Martna_vallavalitsus, lk 41
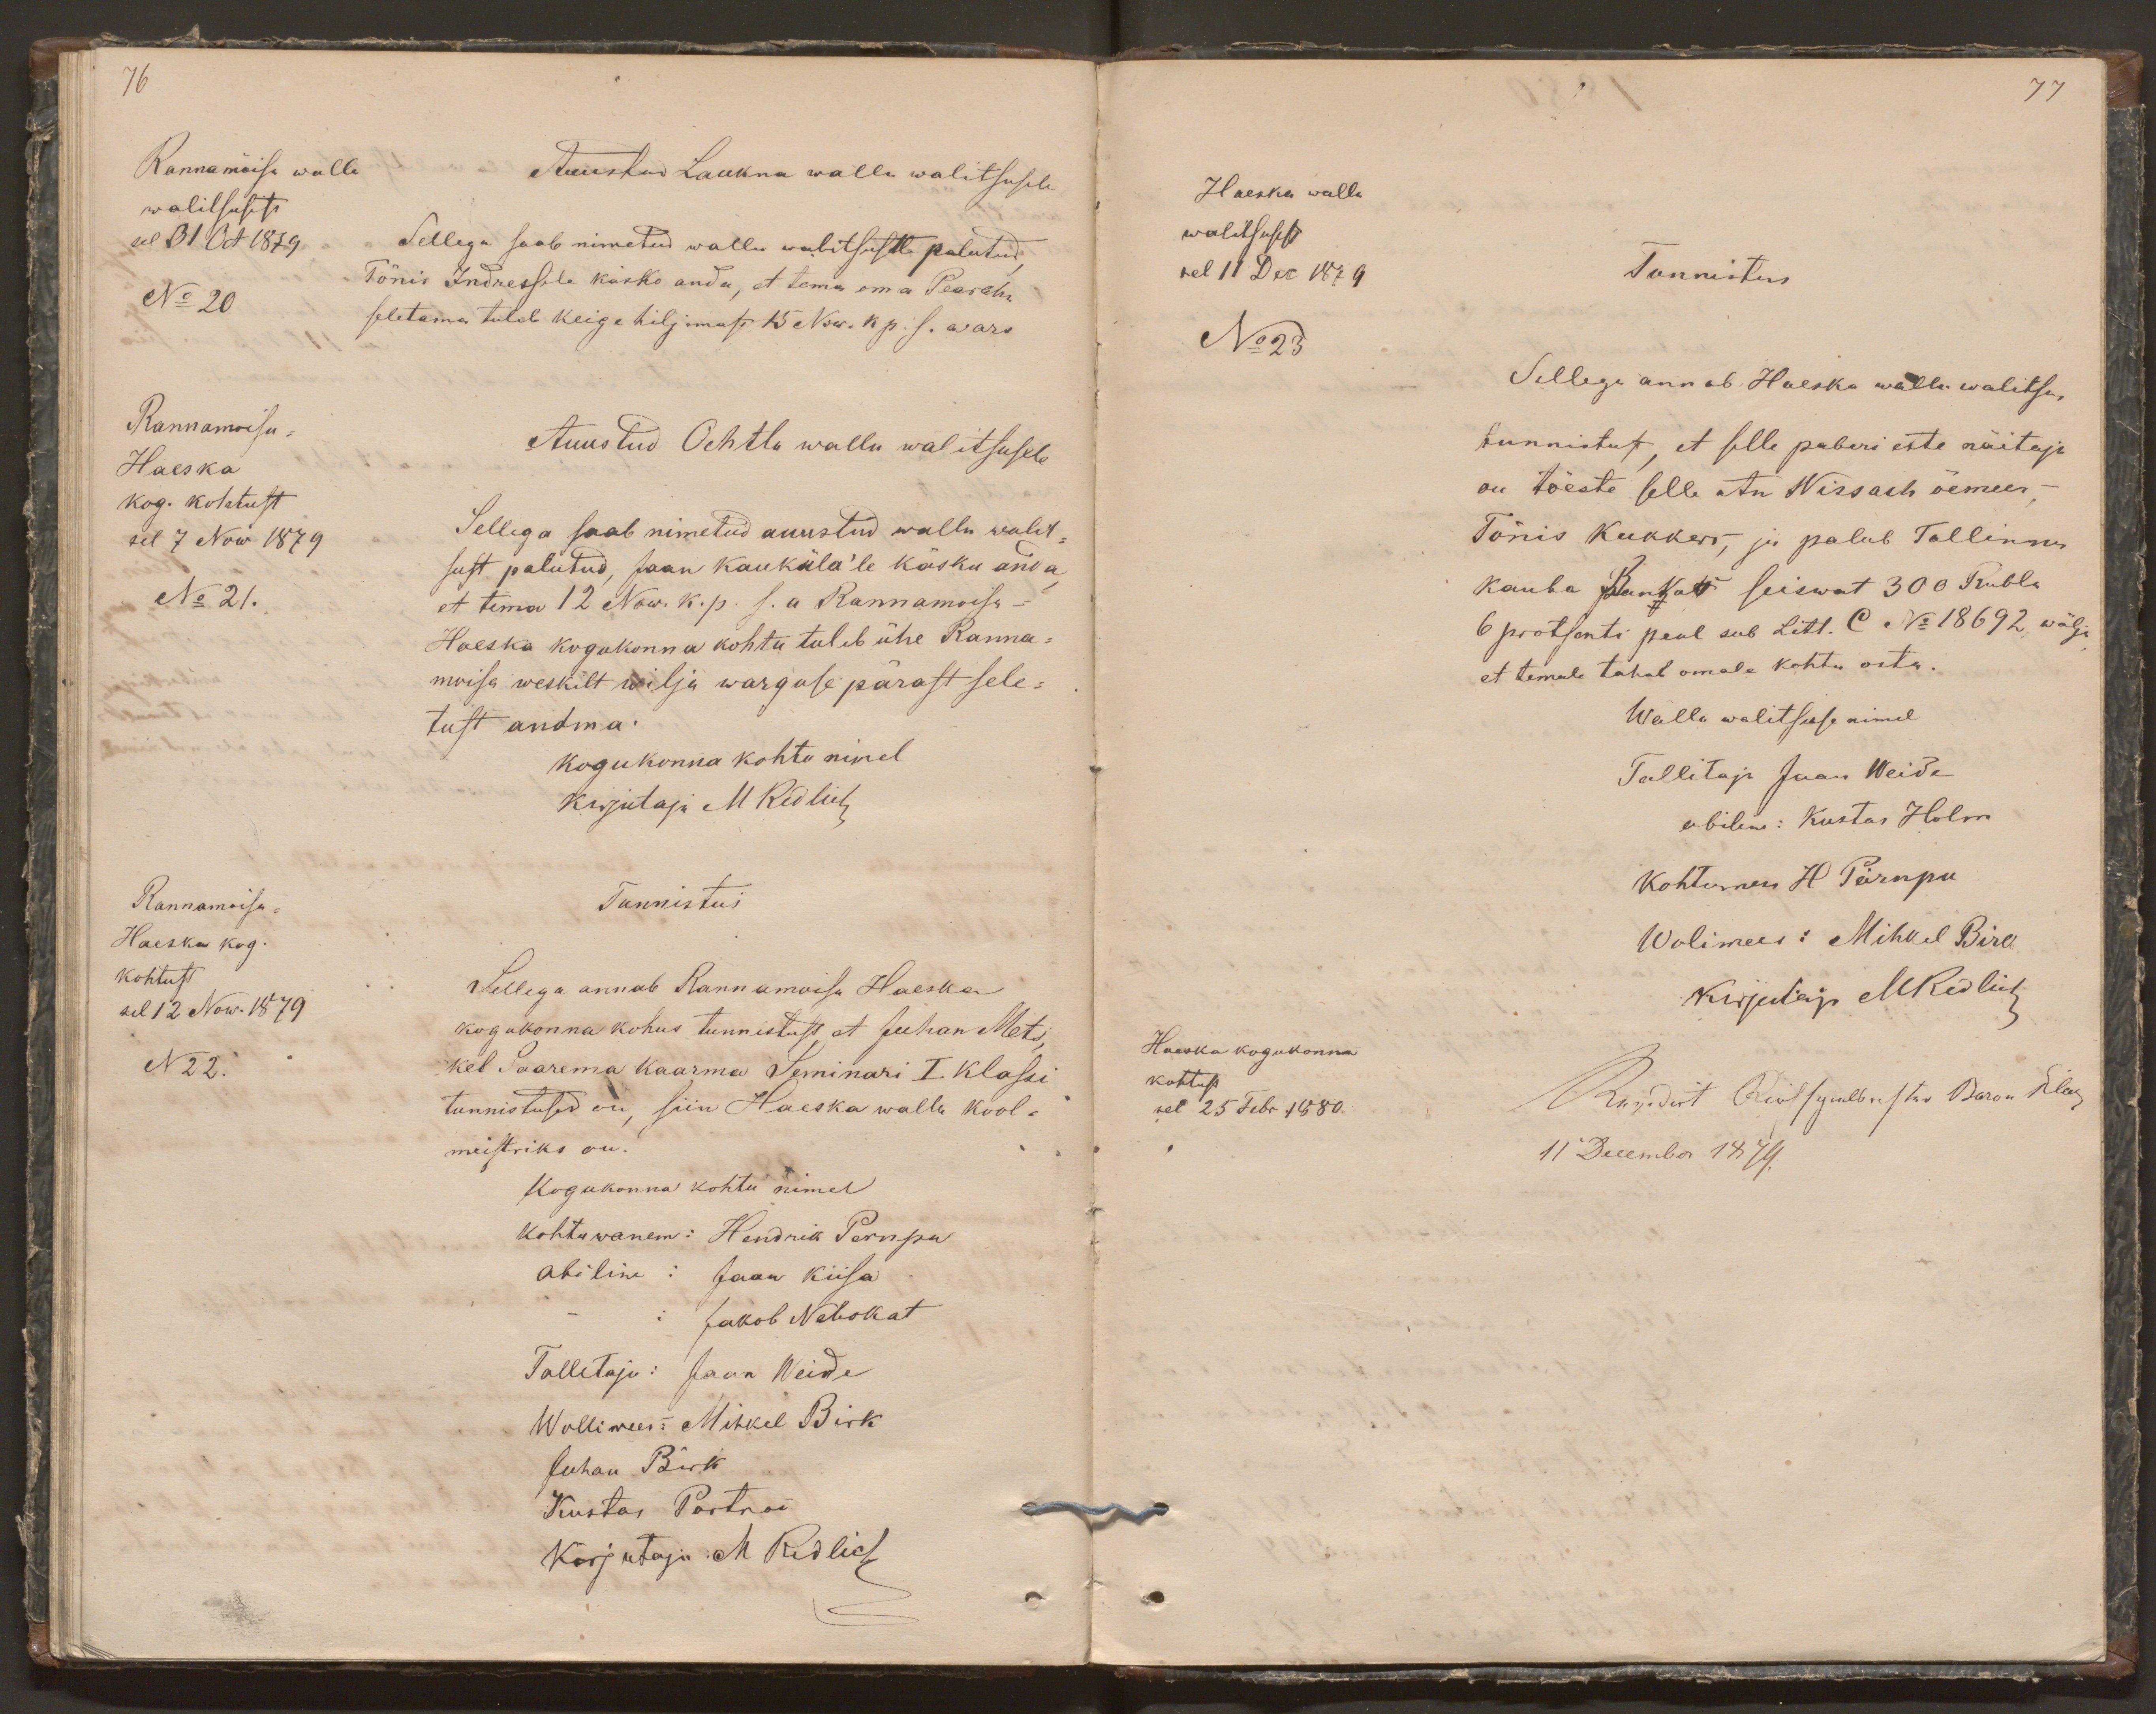
76
Rannamõisa walla
Auustud Laukna walla walitsusele
walitsusest
sel 31 Oct 1879
Sellega saab nimetud walla walitsuste palutud,
No 20
Tõnis Indressele käsko anda, et tema omma Pearaha
seletama tuleb keige hiljemast 15 Now. kp. s. a ara
Rannamoisa -
Haeska
Auustud Ochtla wallu walitsusele
kog. kohtust
sel 7 Now 1879
Sellega saab nimetud auustud walla walit-
sust palutud, Jaan Kauküla'le käsku anda
No 21.
et tema 12 Now. k. p. s. a Rannamoisa -
Haeska kogukonna kohtu tuleb ühe Ranna-
moisa weskilt wilja warguse pärast sele-
tust andma.
kogukonna kohto nimel
kirjutaja M Redlich
Rannamoisa-
Tunnistus
Haeska kog.
kohtust
Sellega annab Rannamoisa Haeska
sel 12 Now. 1879
kogukonna kohus tunnistust, et Juhan Mets,
N22.
kel Saarema Kaarma Seminari I klassi
tunnistused on, siin Haeska walla kool-
meistriks on.
Kogukonna kohtu nimel
kohtuwanem: Hendrik Pernpu
abiline: Jaan Kiisa
Jakob Nabokat
Tallitaja: Jaan Weide
Wollimees: Mihkel Birk
Juhan Birk
Kustas Portnoi
Kirjutaja: M Redlich

77
Haeska walla
walitsusest
sel 11 Dec 1879
Tunnistus
No 23
Sellega annab Haeska walla walitsus
tunnistust, et selle paberi ette näitaja
on tõeste selle An Wissast õemees, -
Tõnis Kukkers, ja palub Tallinna
kauba Bankast seiswat 300 Rubla
6 protsenti peal sub Litt. C No 18692 wälja
et temale tahab omale kohta osta.
Walla walitsuse nimel
Tallitaja Jaan Weide
abiline: Kustas Holm
Kohtumees H Pärnpu
Wolimees: Mihkel Birk
kirjutaja MRedlich
Haeska kogukonna
kohtust
sel 25 Febr 1880.
Revidirt Kirchspielsrichter Baron Huene
11 December 1879.